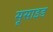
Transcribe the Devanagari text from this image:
सूसाइड